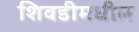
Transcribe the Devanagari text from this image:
शिवडीमधील